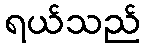
ရယ်သည်